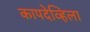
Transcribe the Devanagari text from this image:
कापदेव्हिला